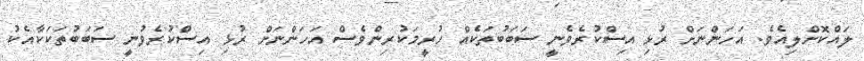
ލައްކޮށްލިިއެވެ. އަހަންނަށް ރުޅި އިސްކުރެވެނީ ސަބަބުތަކެއް ހުރީމަކުރިންވެސް އަހަންނަށް ރުޅި އިސްކުރެވުނީ ސަބަބުތަކަކާއެކު